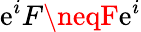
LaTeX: \mathrm{e}^{i}F\neqF\mathrm{e}^{i}